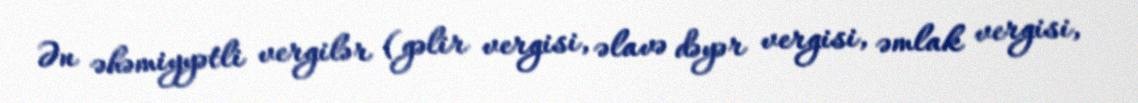
Ən əhəmiyyətli vergilər (gəlir vergisi, əlavə dəyər vergisi, əmlak vergisi,